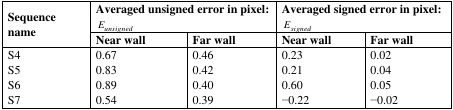
<table><thead><tr><td rowspan="2"><b>Sequence name</b></td><td colspan="2"><b>Averaged unsigned error in pixel: <i>E<sub>unsigned</sub></i></b></td><td colspan="2"><b>Averaged signed error in pixel: <i>E<sub>signed</sub></i></b></td></tr><tr><td><b>Near wall</b></td><td><b>Far wall</b></td><td><b>Near wall</b></td><td><b>Far wall</b></td></tr></thead><tbody><tr><td>S4S5S6S7</td><td>0.670.830.890.54</td><td>0.460.420.400.39</td><td>0.230.210.60−0.22</td><td>0.020.040.05−0.02</td></tr></tbody></table>